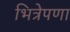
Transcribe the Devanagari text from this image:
भित्रेपणा